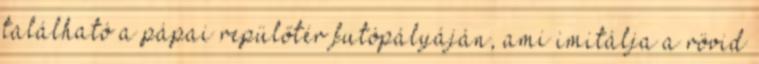
található a pápai repülőtér futópályáján, ami imitálja a rövid